Report of the Indian Hemp Drugs Commission, 1894-1895 - Volume IV
Year: 1894
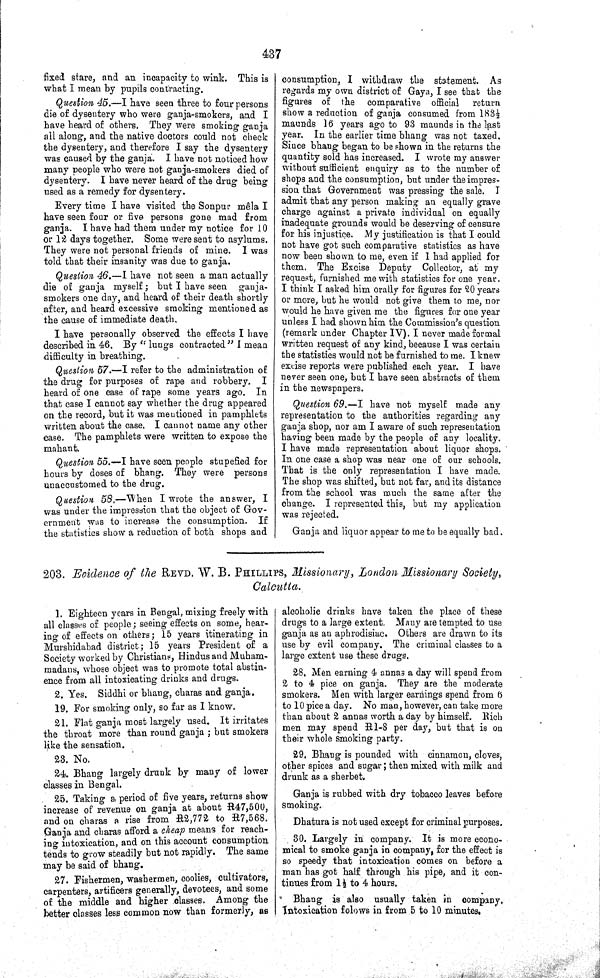
437
fixed stare, and an incapacity to wink. This is
what I mean by pupils contracting.
Question 45.—I have seen three to four persons
die of dysentery who were ganja-smokers, and I
have heard of others. They were smoking ganja
all along, and the native doctors could not check
the dysentery, and therefore I say the dysentery
was caused by the ganja. I have not noticed how
many people who were not ganja-smokers died of
dysentery. I have never heard of the drug being
used as a remedy for dysentery.
Every time I have visited the Sonpur mêla I
have seen four or five persons gone mad from
ganja. I have had them under my notice for 10
or 12 days together. Some were sent to asylums.
They were not personal friends of mine. I was
told that their insanity was due to ganja.
Question 46.—I have not seen a man actually
die of ganja myself; but I have seen ganja-
smokers one day, and heard of their death shortly
after, and heard excessive smoking mentioned as
the cause of immediate death.
I have personally observed the effects I have
described in 46. By "lungs contracted" I mean
difficulty in breathing.
Question 57.—I refer to the administration of
the drug for purposes of rape and robbery.
I
heard of one case of rape some years ago. In
that case I cannot say whether the drug appeared
on the record, but it was mentioned in pamphlets
written about the case. I cannot name any other
case. The pamphlets were written to expose the
mahant.
Question 55.—I have seen people stupefied for
hours by doses of bhang. They were persons
unaccustomed to the drug.
Question 58.—When I wrote the answer, I
was under the impression that the object of Gov-
ernment was to increase the consumption. If
the statistics show a reduction of both shops and
consumption, I withdraw the statement. As
regards my own district of Gaya, I see that the
figures of the comparative official
return
show a reduction of ganja consumed from 1831/2
maunds 16 years ago to 93 maunds in the last
year. In the earlier time bhang was not taxed.
Since bhang began to be shown in the returns the
quantity sold has increased. I wrote my answer
without sufficient enquiry as to the number of
shops and the consumption, but under the impres-
sion that Government was pressing the sale. I
admit that any person making an equally grave
charge against a private individual on equally
inadequate grounds would be deserving of censure
for his injustice. My justification is that I could
not have got such comparative statistics as have
now been shown to me, even if I had applied for
them. The Excise Deputy Collector, at my
request, furnished me with statistics for one year.
I think I asked him orally for figures for 20 years
or more, but he would not give them to me, nor
would he have given me the figures for one year
unless I had shown him the Commission's question
(remark under Chapter IV). I never made formal
written request of any kind, because I was certain
the statistics would not be furnished to me. I knew
excise reports were published each year. I have
never seen one, but I have seen abstracts of them
in the newspapers.
Question 69.—I have not myself made any
representation to the authorities regarding any
ganja shop, nor am I aware of such representation
having been made by the people of any locality.
I have made representation about liquor shops.
In one case a shop was near one of our schools.
That is the only representation I have made.
The shop was shifted, but not far, and its distance
from the school was much the same after the
change. I represented this, but my application
was rejected.
Ganja and liquor appear to me to be equally bad.
203. Evidence of the REVD. W. B. PHILLIPS, Missionary, London Missionary Society,
Calcutta.
1. Eighteen years in Bengal, mixing freely with
all classes of people; seeing effects on some, hear-
ing of effects on others; 15 years itinerating in
Murshidabad district; 15 years President of a
Society worked by Christians, Hindus and Muham-
madans, whose object was to promote total abstin-
ence from all intoxicating drinks and drugs.
2. Yes. Siddhi or bhang, charas and ganja.
19. For smoking only, so far as I know.
21. Flat ganja most largely used. It irritates
the throat more than round ganja; but smokers
like the sensation.
23. No.
24. Bhang largely drunk by many of lower
classes in Bengal.
25. Taking a period of five years, returns show
increase of revenue on ganja at about R47,500,
and on charas a rise from R2,772 to R7,568.
Ganja and charas afford a cheap means for reach-
ing intoxication, and on this account consumption
tends to grow steadily but not rapidly. The same
may be said of bhang.
27. Fishermen, washermen, coolies, cultivators,
carpenters, artificers generally, devotees, and some
of the middle and higher classes. Among the
better classes less common now than formerly, as
alcoholic drinks have taken the place of these
drugs to a large extent. Many are tempted to use
ganja as an aphrodisiac. Others are drawn to its
use by evil company. The criminal classes to a
large extent use these drugs.
28. Men earning 4 annas a day will spend from
2 to 4 pice on ganja. They are the moderate
smokers. Men with larger earnings spend from 6
to 10 pice a day. No man, however, can take more
than about 2 annas worth a day by himself. Rich
men may spend R1-8 per day, but that is on
their whole smoking party.
29. Bhang is pounded with cinnamon, cloves,
other spices and sugar; then mixed with milk and
drunk as a sherbet.
Ganja is rubbed with dry tobacco leaves before
smoking.
Dhatura is not used except for criminal purposes.
30. Largely in company. It is more econo-
mical to smoke ganja in company, for the effect is
so speedy that intoxication comes on before a
man has got half through his pipe, and it con-
tinues from 11/2 to 4 hours.
Bhang is also usually taken in company.
Intoxication folows in from 5 to 10 minutes.